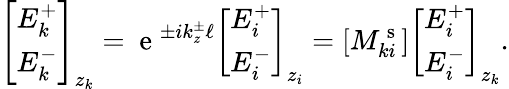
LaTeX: \left[\begin{array}{l}{E_{k}^{+}}\\ {E_{k}^{-}}\end{array}\right]_{z_{k}}=\mathrm{~e~}^{\pm ik_{z}^{\pm}\ell}\left[\begin{array}{l}{E_{i}^{+}}\\ {E_{i}^{-}}\end{array}\right]_{z_{i}}=[M_{ki}^{\mathrm{~s~}}]\left[\begin{array}{l}{E_{i}^{+}}\\ {E_{i}^{-}}\end{array}\right]_{z_{k}}.